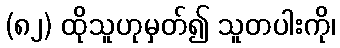
(၈၂) ထိုသူဟုမှတ်၍ သူတပါးကို၊